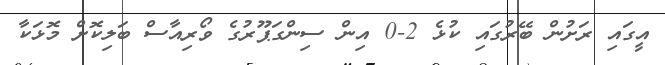
އީގައި ރަށުން ބޭރުގައި ކުޅެ 2-0 އިން ސިންގަޕޫރުގެ ވޯރިއާސް ބަލިކޮށް މޮޅަކާ